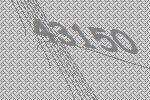
43150